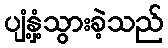
ပျံ့နှံ့သွားခဲ့သည်